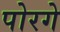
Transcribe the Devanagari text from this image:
पोरगे